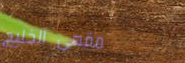
مقهى الخليج